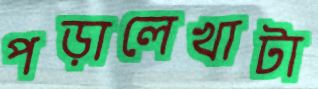
পড়ালেখাটা